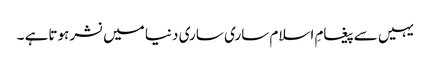
یہیں سےپیغامِ اسلام ساری ساری دنیا میں نشر ہوتاہے ۔